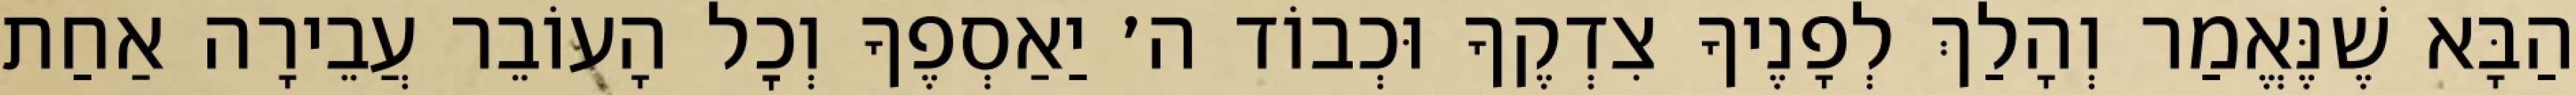
הַבָּא שֶׁנֶּאֱמַר וְהָלַךְ לְפָנֶיךָ צִדְקֶךָ וּכְבוֹד ה׳ יַאַסְפֶךָ וְכׇל הָעוֹבֵר עֲבֵירָה אַחַת